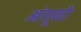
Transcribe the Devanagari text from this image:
अंगूठो